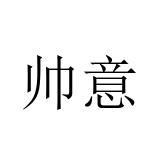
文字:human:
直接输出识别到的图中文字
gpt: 帅意